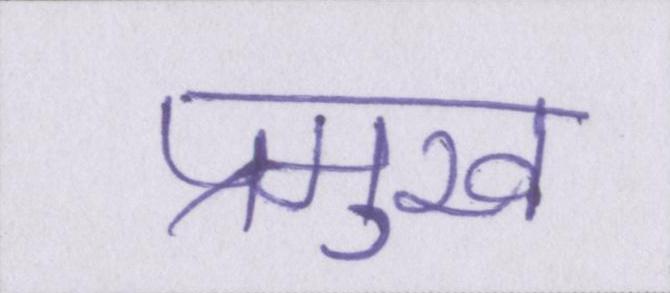
प्रमुख